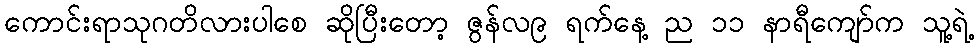
ကောင်းရာသုဂတိလားပါစေ ဆိုပြီးတော့ ဇွန်လ၉ ရက်နေ့ ည ၁၁ နာရီကျော်က သူ့ရဲ့